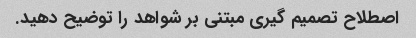
اصطلاح تصمیم گیری مبتنی بر شواهد را توضیح دهید.